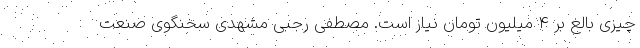
چیزی بالغ بر ۴ میلیون تومان نیاز است. مصطفی رجبی مشهدی سخنگوی صنعت